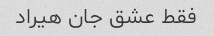
فقط عشق جان هیراد